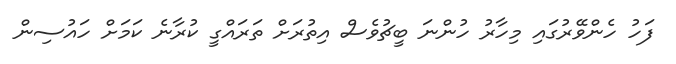
ފަހު ހެންވޭރުގައި މިހާރު ހުންނަ ބީޗުވެސް އިތުރަށް ތަރައްގީ ކުރާނެ ކަމަށް ހައުސިން